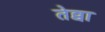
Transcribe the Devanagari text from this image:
तेव्वा